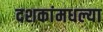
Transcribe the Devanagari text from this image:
दशकांमधल्या